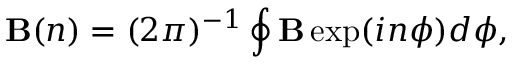
{ \bf B } ( n ) = ( 2 \pi ) ^ { - 1 } \oint { \bf B } \exp ( i n \phi ) d \phi ,